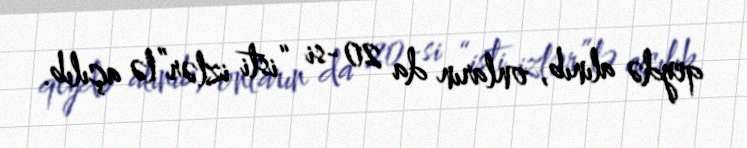
qeydə alınıb, onların da 20-si “isti izlər”lə açılıb.